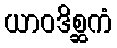
ယာဝဒိစ္ဆကံ